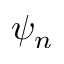
\psi _ { n }